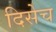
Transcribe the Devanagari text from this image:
दिसेच